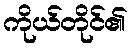
ကိုယ်တိုင်၏